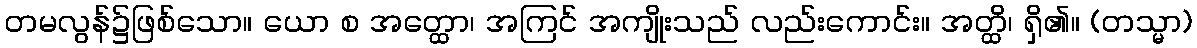
တမလွန်၌ဖြစ်သော။ ယော စ အတ္ထော၊ အကြင် အကျိုးသည် လည်းကောင်း။ အတ္ထိ၊ ရှိ၏။ (တသ္မာ)